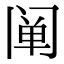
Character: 阐